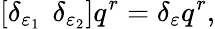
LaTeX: \left[\delta_{\varepsilon_{1}}\, \ \delta_{\varepsilon_{2}}\right]q^{r}=\delta_{\varepsilon}q^{r},